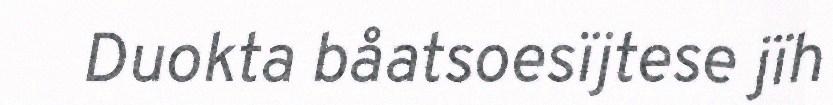
Duokta båatsoesïjtese jïh